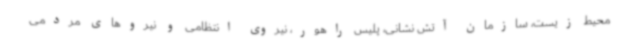
محیط زیست، سازمان آتش نشانی، پلیس راهور، نیروی انتظامی و نیروهای مردمی